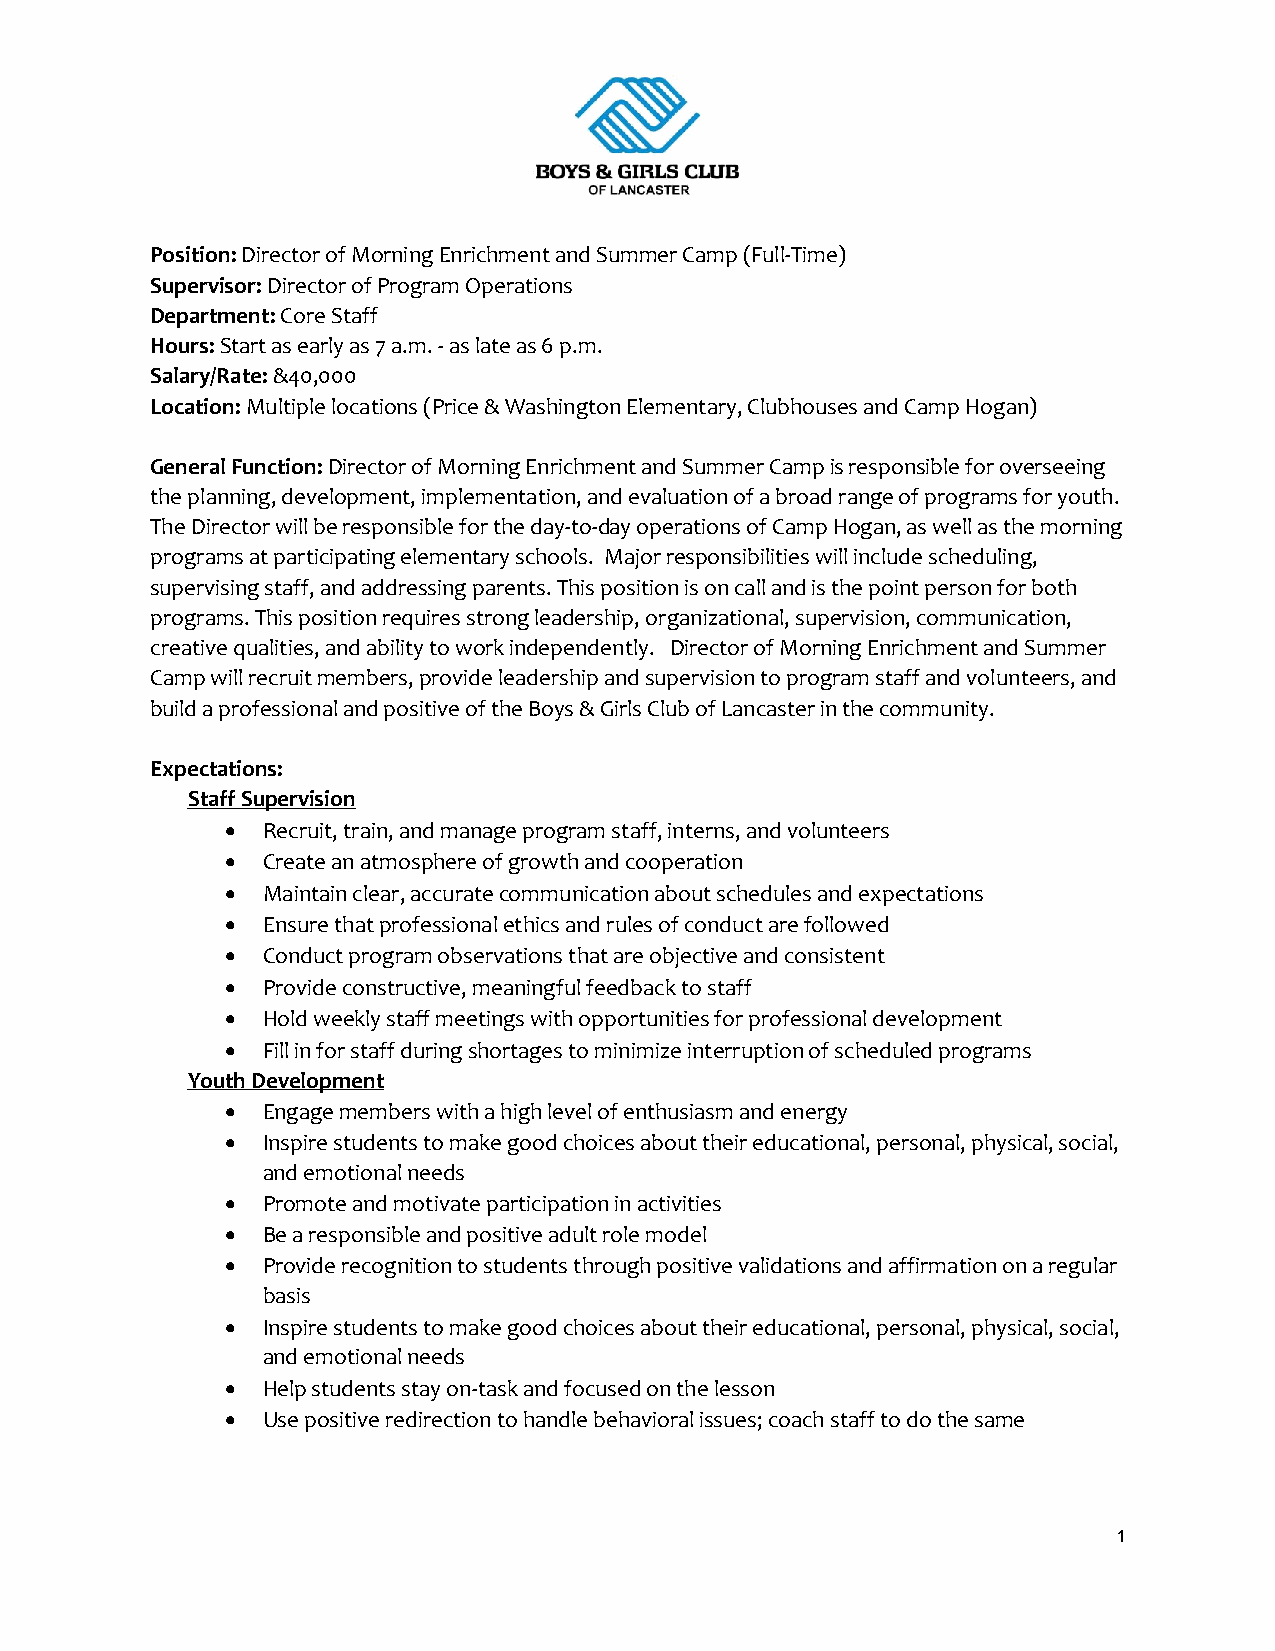
Position: Director of Morning Enrichment and Summer Camp (Full-Time)
 Supervisor: Director of Program Operations
 Department: Core Staff
 Hours: Start as early as 7 a.m. - as late as 6 p.m.
 Salary/Rate: &40,000
 Location: Multiple locations (Price & Washington Elementary, Clubhouses and Camp Hogan)
 General Function: Director of Morning Enrichment and Summer Camp is responsible for overseeing
 the planning, development, implementation, and evaluation of a broad range of programs for youth.
 The Director will be responsible for the day-to-day operations of Camp Hogan, as well as the morning
 programs at participating elementary schools. Major responsibilities will include scheduling,
 supervising staff, and addressing parents. This position is on call and is the point person for both
 programs. This position requires strong leadership, organizational, supervision, communication,
 creative qualities, and ability to work independently. Director of Morning Enrichment and Summer
 Camp will recruit members, provide leadership and supervision to program staff and volunteers, and
 build a professional and positive of the Boys & Girls Club of Lancaster in the community.
 Expectations:
 Staff Supervision
 • Recruit, train, and manage program staff, interns, and volunteers
 • Create an atmosphere of growth and cooperation
 • Maintain clear, accurate communication about schedules and expectations
 • Ensure that professional ethics and rules of conduct are followed
 • Conduct program observations that are objective and consistent
 • Provide constructive, meaningful feedback to staff
 • Hold weekly staff meetings with opportunities for professional development
 • Fill in for staff during shortages to minimize interruption of scheduled programs
 Youth Development
 • Engage members with a high level of enthusiasm and energy
 • Inspire students to make good choices about their educational, personal, physical, social,
 and emotional needs
 • Promote and motivate participation in activities
 • Be a responsible and positive adult role model
 • Provide recognition to students through positive validations and affirmation on a regular
 basis
 • Inspire students to make good choices about their educational, personal, physical, social,
 and emotional needs
 • Help students stay on-task and focused on the lesson
 • Use positive redirection to handle behavioral issues; coach staff to do the same
 1